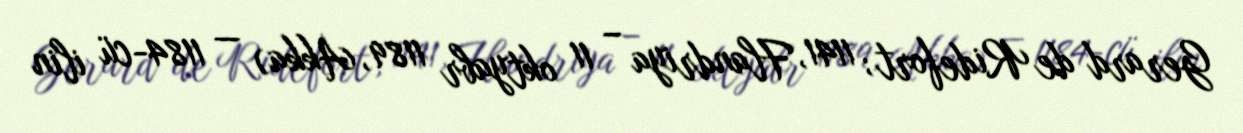
Gerard de Ridefort; 1141, Flandriya – 11 oktyabr 1189, Akka) — 1184-cü ilin